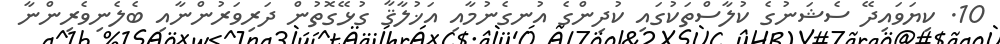
10. ކިޔަވައިދޭ ސެޝަނުގެ ކުލާސްތަކުގައި ކުދިންގެ އުނގެނުމާއި އަޚުލާޤާ ގުޅޭގޮތުން ދަރިވަރުންނާއި ބެލެނިވެރިންނާ